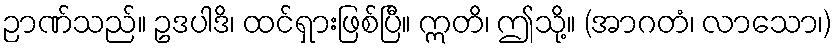
ဉာဏ်သည်။ ဥဒပါဒိ၊ ထင်ရှားဖြစ်ပြီ။ ဣတိ၊ ဤသို့။ (အာဂတံ၊ လာသော၊)